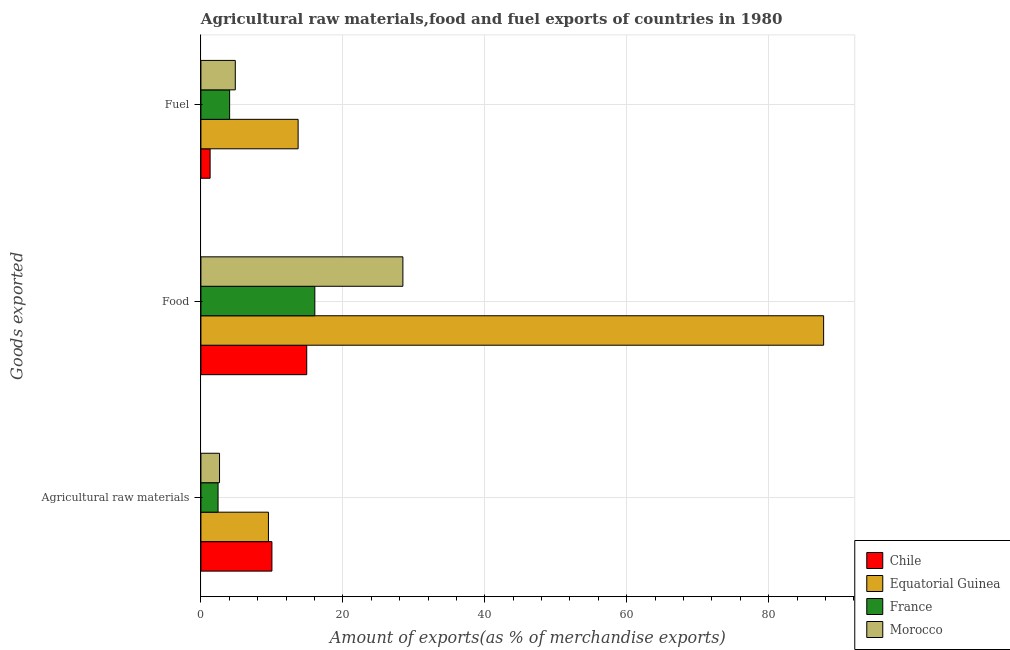
| Goods exported | Chile | Equatorial Guinea | France | Morocco |
 | --- | --- | --- | --- | --- |
 | Agricultural raw materials | 10 | 9.51 | 2.42 | 2.62 |
 | Food | 14.9 | 87.8 | 16.1 | 28.5 |
 | Fuel | 1.3 | 13.7 | 4.05 | 4.85 |